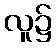
လူ၌